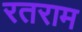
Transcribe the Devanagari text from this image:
रतराम